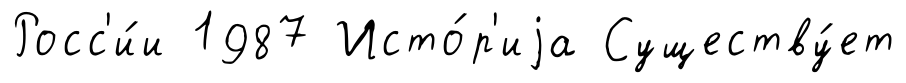
Росс'и́и 1987 Исто́р'иjа Существу́ет